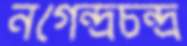
নগেন্দ্রচন্দ্র